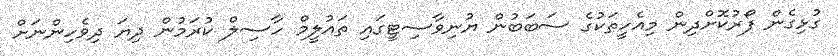
ގުޅިގެން ފޯރުކޮށްދިން މިއެހީތަކުގެ ސަބަބުން ޔުނިވާސިޓީގައި ތައުލީމް ހާސިލް ކުރަމުން ދިޔަ ދިވެހިންނަށް